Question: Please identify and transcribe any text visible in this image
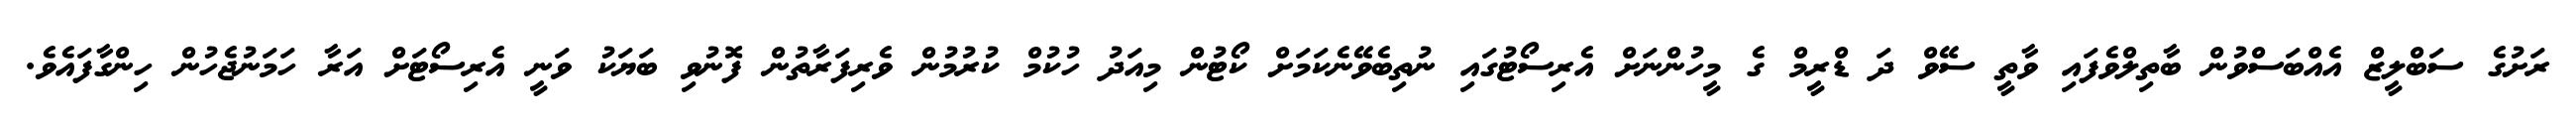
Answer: ރަށުގެ ސަބްލީޒް އެއްބަސްވުން ބާތިލްވެފައި ވާތީ ސޭވް ދަ ޑްރީމް ގެ މީހުންނަށް އެރިސޯޓުގައި ނުތިބެވޭނެކަމަށް ކޯޓުން މިއަދު ހުކުމް ކުރުމުން ވެރިފަރާތުން ފޮނުވި ބަޔަކު ވަނީ އެރިސޯޓަށް އަރާ ހަމަނުޖެހުން ހިންގާފައެވެ.